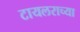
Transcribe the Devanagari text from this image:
टायलराच्या